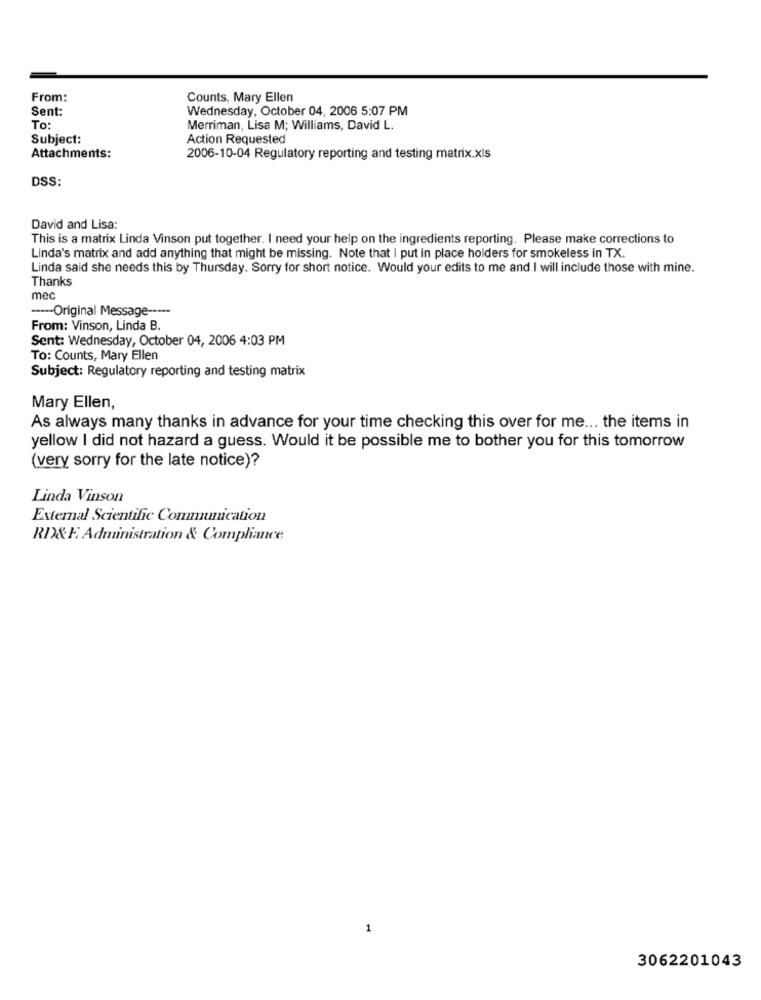
From:
Counts, Mary Ellen
Sent:
Wednesday, October 04, 2006 5:07 PM
To:
Merriman, Lisa M; Williams, David L.
Subject:
Action Requested
Attachments:
2006-10-04 Regulatory reporting and testing matrix.xls
DSS:
David and Lisa:
This is a matrix Linda Vinson put together. I need your help on the ingredients reporting. Please make corrections to
Linda's matrix and add anything that might be missing. Note that I put in place holders for smokeless in TX.
Linda said she needs this by Thursday. Sorry for short notice. Would your edits to me and I will include those with mine.
Thanks
mec
----- Original Message -----
From: Vinson, Linda B.
Sent: Wednesday, October 04, 2006 4:03 PM
To: Counts, Mary Ellen
Subject: Regulatory reporting and testing matrix
Mary Ellen,
As always many thanks in advance for your time checking this over for me ... the items in
yellow I did not hazard a guess. Would it be possible me to bother you for this tomorrow
(very sorry for the late notice)?
Linda Vinson
External Scientific Communication
RD& F. Administration & Compliance
1
3062201043